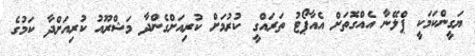
ޔަގީންކަމަކީ ޕްލޭނާ އެއްގޮތަށް އެއާޕޯޓު ތަރައްގީ ކުރުމަށް ކުރިއަށްގެންދާ މަޝްރޫއު ކުރިއަށްދާ ކަމުގެ